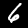
Digit: 6